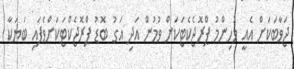
ޖަވާބަކަށް އެއީ މުހިންމު ޕްރޮޖެކެޓަކަށް ވުމުން އަދި އަގު ބޮޑު ޕްރޮޖެކްޓަކަށްވެފައި ބަޔަކާ